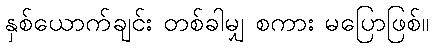
နှစ်ယောက်ချင်း တစ်ခါမျှ စကား မပြောဖြစ်။